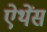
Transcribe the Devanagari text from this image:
ऐथेंस